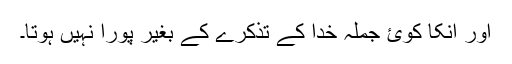
اور انکا کوئ جملہ خدا کے تذکرے کے بغیر پورا نہیں ہوتا۔